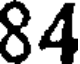
84